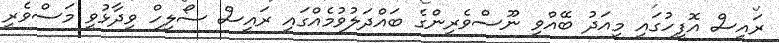
ރައީސް އޮފީހުގައި މިއަދު ބޭއްވި ނޫސްވެރިންގެ ބައްދަލުވުމެއްގައި ރައީސް ސޯލިހް ވިދާޅުވީ މަސްވެރި